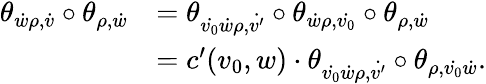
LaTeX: \begin{array}{rl}{\theta_{\dot{w}\rho,\dot{v}}\circ\theta_{\rho,\dot{w}}}&{=\theta_{\dot{v_{0}}\dot{w}\rho,\dot{v^{\prime}}}\circ\theta_{\dot{w}\rho,\dot{v_{0}}}\circ\theta_{\rho,\dot{w}}}\\ &{=c^{\prime}(v_{0},w)\cdot\theta_{\dot{v_{0}}\dot{w}\rho,\dot{v^{\prime}}}\circ\theta_{\rho,\dot{v_{0}}\dot{w}}.}\end{array}